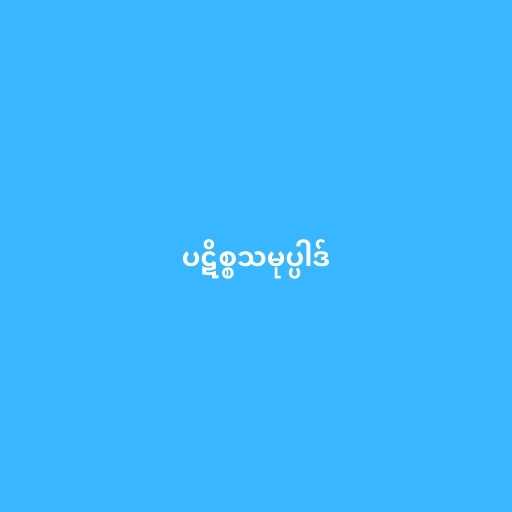
ပဋိစ္စသမုပ္ပါဒ်